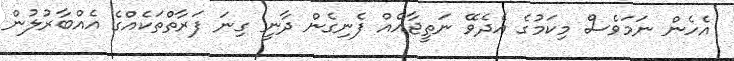
އެހެން ނަމަވެސް މިކަމުގެ އެދެވޭ ނަތީޖާއެއް ފެނިގެން ދާނީ ގިނަ ފަރާތްތަކެއްގެ އެއްބާރުލުން